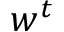
w ^ { t }